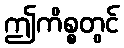
ဤကိစ္စတွင်